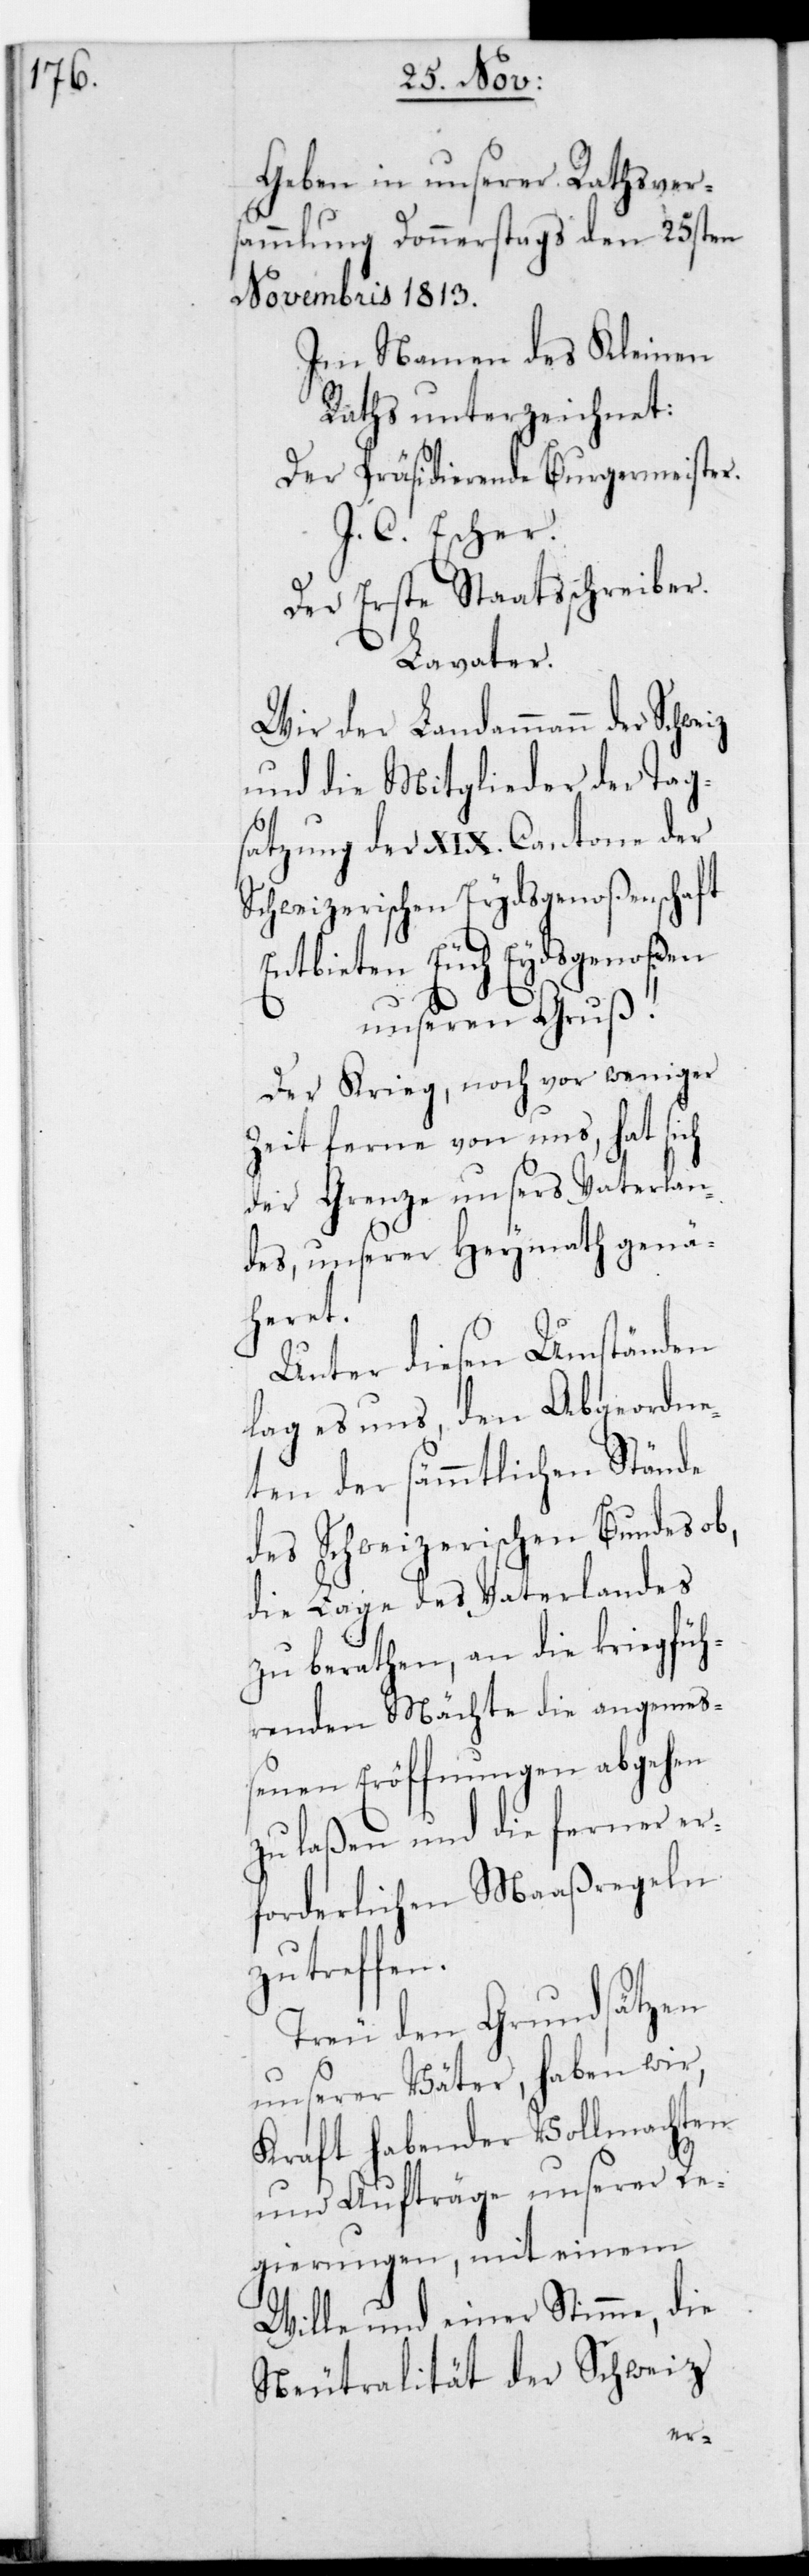
Geben in unserer Rathsvers¬
ammlung Donnerstags den 25sten
Novembris 1813.
Im Namen des Kleinen
Raths unterzeichnet:
Der Präsidierende Burgermeister.
J C. Escher.
Der erste Staatsschreiber.
Lavater.
Wir der Landammann der
und die Mitglieder der Tag¬
satzung der XIX. Cantone der
Schweizerischen Eydsgenoßenschaft
[sic!] Euch Eydsgenoßen
unseren Gruß!
Der Krieg, noch vor weniger
Zeit ferne von uns, hat sich
der Grenze unsers Vaterlan¬
des, unserer Heymath genä¬
heret.
Unter diesen Umständen
lag es uns, den Abgeordne¬
ten der sämmtlichen Stände
des Schweizerischen Bundes ob,
die Lage des Vaterlandes
zu berathen, an die kriegsfüh¬
renden Mächte die angemeß¬
enen Eröffnungen abgehen
zu laßen und die ferner er¬
forderlichen Maaßregeln
zu treffen.
Treu den Grundsätzen
unserer Väter haben wir
Kraft habender Vollmachten
und Aufträge unserer Re¬
gierungen, mit einem
Wille und einer Stimme, die
Neutralität der Schweiz